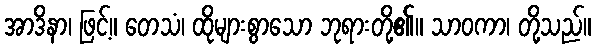
အာဒိနာ၊ ဖြင့်။ တေသံ၊ ထိုများစွာသော ဘုရားတို့၏။ သာဝကာ၊ တို့သည်။